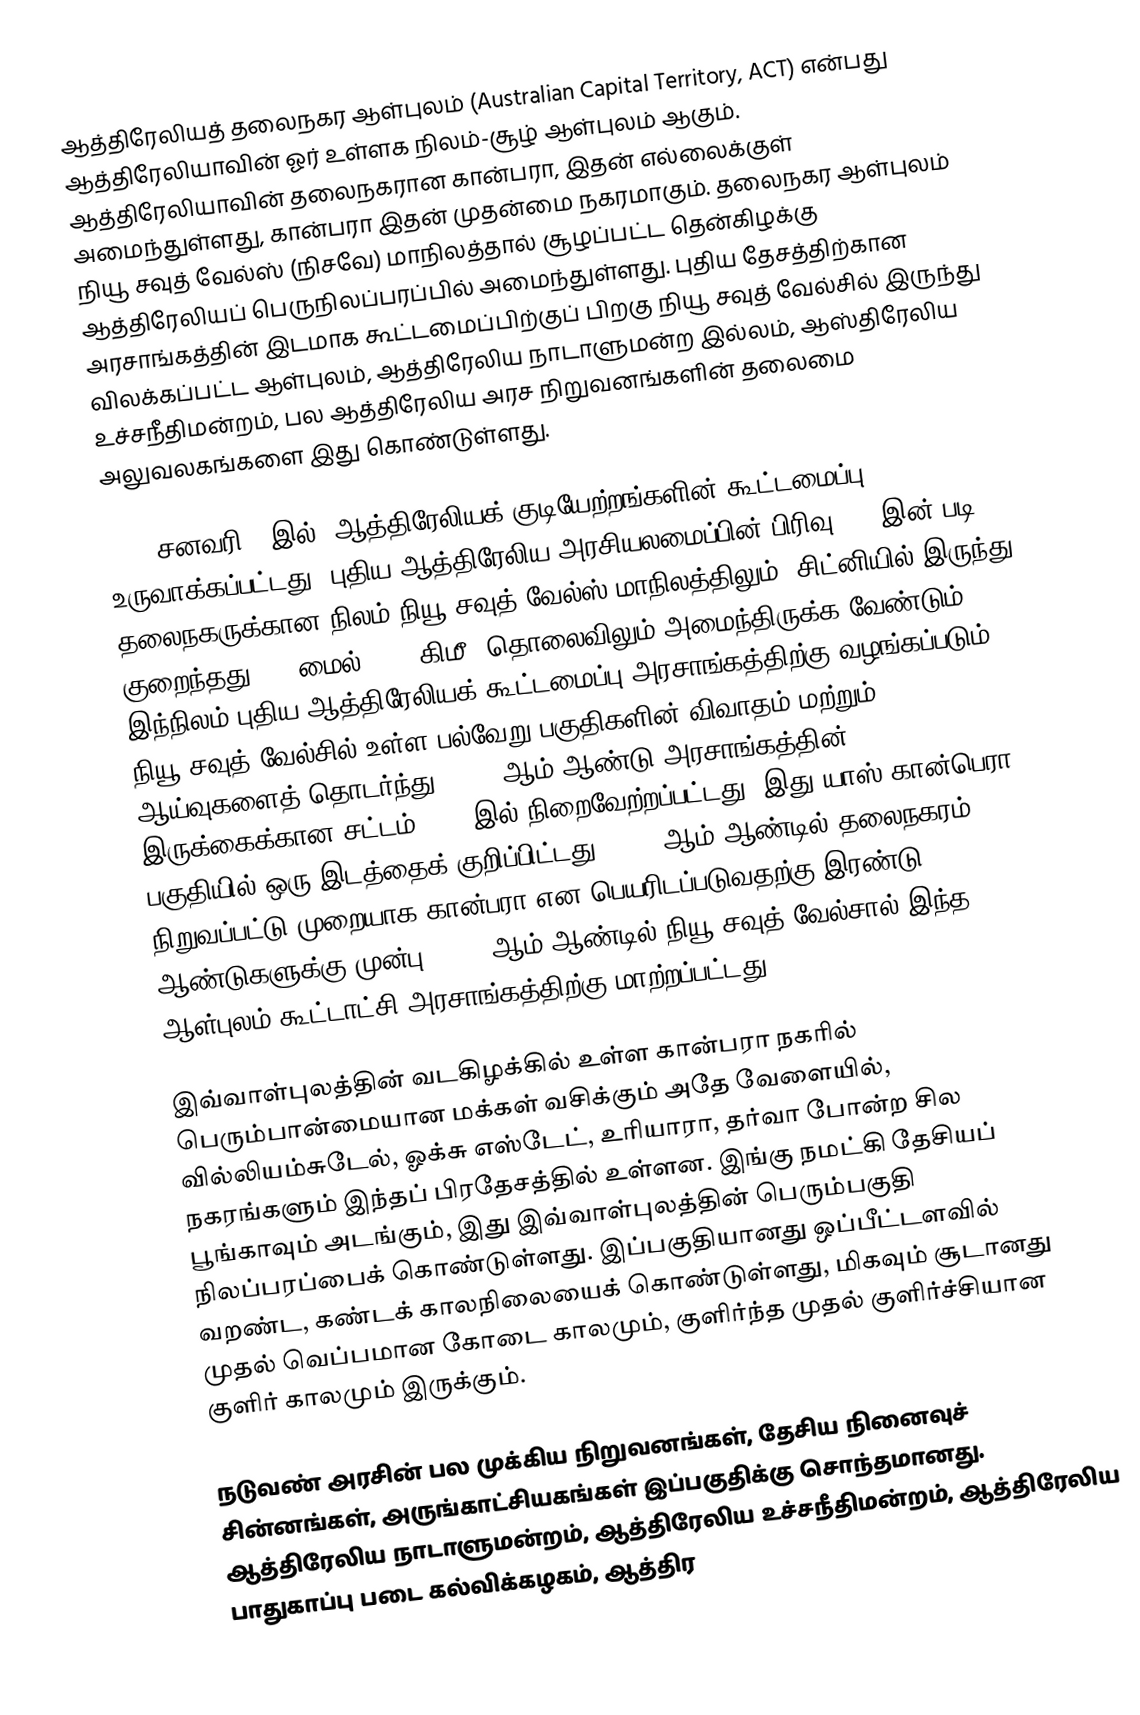
ஆத்திரேலியத் தலைநகர ஆள்புலம் (Australian Capital Territory, ACT) என்பது ஆத்திரேலியாவின் ஓர் உள்ளக நிலம்-சூழ் ஆள்புலம் ஆகும். ஆத்திரேலியாவின் தலைநகரான கான்பரா, இதன் எல்லைக்குள் அமைந்துள்ளது, கான்பரா இதன் முதன்மை நகரமாகும். தலைநகர ஆள்புலம் நியூ சவுத் வேல்ஸ் (நிசவே) மாநிலத்தால் சூழப்பட்ட தென்கிழக்கு ஆத்திரேலியப் பெருநிலப்பரப்பில் அமைந்துள்ளது. புதிய தேசத்திற்கான அரசாங்கத்தின் இடமாக கூட்டமைப்பிற்குப் பிறகு நியூ சவுத் வேல்சில் இருந்து விலக்கப்பட்ட ஆள்புலம், ஆத்திரேலிய நாடாளுமன்ற இல்லம், ஆஸ்திரேலிய உச்சநீதிமன்றம், பல ஆத்திரேலிய அரச நிறுவனங்களின் தலைமை அலுவலகங்களை இது கொண்டுள்ளது.

1901 சனவரி 1 இல், ஆத்திரேலியக் குடியேற்றங்களின் கூட்டமைப்பு உருவாக்கப்பட்டது. புதிய ஆத்திரேலிய அரசியலமைப்பின் பிரிவு 125 இன் படி, தலைநகருக்கான நிலம் நியூ சவுத் வேல்ஸ் மாநிலத்திலும், சிட்னியில் இருந்து குறைந்தது 100 மைல் (160 கிமீ) தொலைவிலும் அமைந்திருக்க வேண்டும். இந்நிலம் புதிய ஆத்திரேலியக் கூட்டமைப்பு அரசாங்கத்திற்கு வழங்கப்படும். நியூ சவுத் வேல்சில் உள்ள பல்வேறு பகுதிகளின் விவாதம் மற்றும் ஆய்வுகளைத் தொடர்ந்து, 1908 ஆம் ஆண்டு அரசாங்கத்தின் இருக்கைக்கான சட்டம் 1908 இல் நிறைவேற்றப்பட்டது. இது யாஸ்-கான்பெரா பகுதியில் ஒரு இடத்தைக் குறிப்பிட்டது. 1913 ஆம் ஆண்டில் தலைநகரம் நிறுவப்பட்டு முறையாக கான்பரா என பெயரிடப்படுவதற்கு இரண்டு ஆண்டுகளுக்கு முன்பு, 1911 ஆம் ஆண்டில் நியூ சவுத் வேல்சால் இந்த ஆள்புலம் கூட்டாட்சி அரசாங்கத்திற்கு மாற்றப்பட்டது.

இவ்வாள்புலத்தின் வடகிழக்கில் உள்ள கான்பரா நகரில் பெரும்பான்மையான மக்கள் வசிக்கும் அதே வேளையில், வில்லியம்சுடேல், ஓக்சு எஸ்டேட், உரியாரா, தர்வா போன்ற சில நகரங்களும் இந்தப் பிரதேசத்தில் உள்ளன. இங்கு நமட்கி தேசியப் பூங்காவும் அடங்கும், இது இவ்வாள்புலத்தின் பெரும்பகுதி நிலப்பரப்பைக் கொண்டுள்ளது. இப்பகுதியானது ஒப்பீட்டளவில் வறண்ட, கண்டக் காலநிலையைக் கொண்டுள்ளது, மிகவும் சூடானது முதல் வெப்பமான கோடை காலமும், குளிர்ந்த முதல் குளிர்ச்சியான குளிர் காலமும் இருக்கும்.

நடுவண் அரசின் பல முக்கிய நிறுவனங்கள், தேசிய நினைவுச் சின்னங்கள், அருங்காட்சியகங்கள் இப்பகுதிக்கு சொந்தமானது. ஆத்திரேலிய நாடாளுமன்றம், ஆத்திரேலிய உச்சநீதிமன்றம், ஆத்திரேலிய பாதுகாப்பு படை கல்விக்கழகம், ஆத்திர